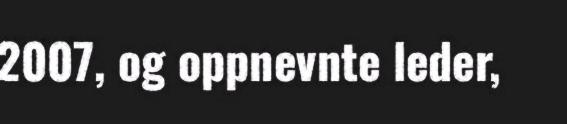
2007, og oppnevnte leder,